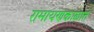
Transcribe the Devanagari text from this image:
रामायणकाळात